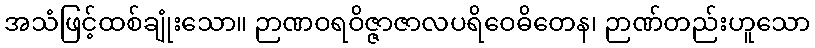
အသံဖြင့်ထစ်ချုံးသော။ ဉာဏဝရဝိဇ္ဇာဇာလပရိဝေဓိတေန၊ ဉာဏ်တည်းဟူသော